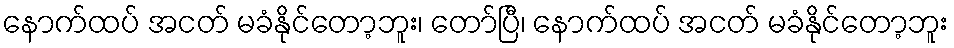
နောက်ထပ် အငတ် မခံနိုင်တော့ဘူး၊ တော်ပြီ၊ နောက်ထပ် အငတ် မခံနိုင်တော့ဘူး